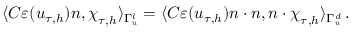
\langle \boldsymbol C \varepsilon ( \boldsymbol u _ { \tau , h } ) \boldsymbol n , \boldsymbol \chi _ { \tau , h } \rangle _ { \Gamma _ { \boldsymbol u } ^ { l } } = \langle \boldsymbol C \varepsilon ( \boldsymbol u _ { \tau , h } ) \boldsymbol n \cdot \boldsymbol n , \boldsymbol n \cdot \boldsymbol \chi _ { \tau , h } \rangle _ { \Gamma _ { \boldsymbol u } ^ { d } } \, .